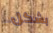
بشكل